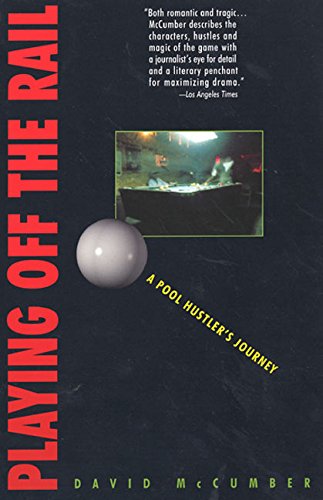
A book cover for Playing Off the Rail: A Pool Hustler's Journey; David McCumber; Sports & Outdoors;